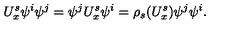
U _ { x } ^ { s } \psi ^ { i } \psi ^ { j } = \psi ^ { j } U _ { x } ^ { s } \psi ^ { i } = \rho _ { s } ( U _ { x } ^ { s } ) \psi ^ { j } \psi ^ { i } .